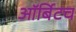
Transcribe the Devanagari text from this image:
ऑर्बिटच